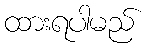
ထားရပါမည်